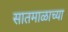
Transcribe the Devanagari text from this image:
सातमाळाच्या